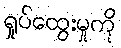
ရှုပ်ထွေးမှုကို